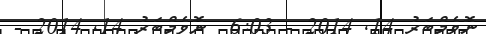
ނޮވެމްބަރު 14